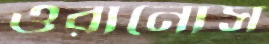
ওরানোস